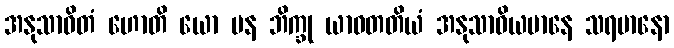
အနုသာဝိတံ ဟောတိ ယော ပန ဘိက္ခု ယာဝတတိယံ အနုသာဝိယမာနေ သရမာနော